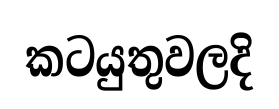
කටයුතුවලදි